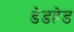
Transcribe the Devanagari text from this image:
डेडहेड